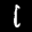
Label: 1